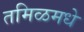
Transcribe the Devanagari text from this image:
तमिळमधे